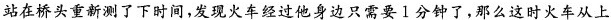
站在桥头重新测了下时间，发现火车经过他身边只需要1分钟了，那么这时火车从上